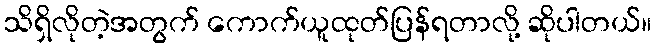
သိရှိလိုတဲ့အတွက် ကောက်ယူထုတ်ပြန်ရတာလို့ ဆိုပါတယ်။